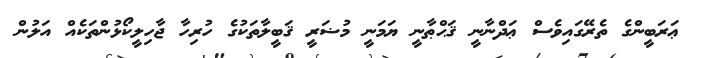
ޢަރަބީންގެ ތެރޭގައިވެސް ޢަދްނާނީ ޤަޙްޠާނީ ޔަމަނީ މުޟަރީ ޤަބީލާތަކުގެ ހުރިހާ ޖާހިލީކޯޅުންތަކެއް އަލުން